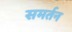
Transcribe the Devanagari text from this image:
समर्तन